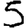
Digit: 5